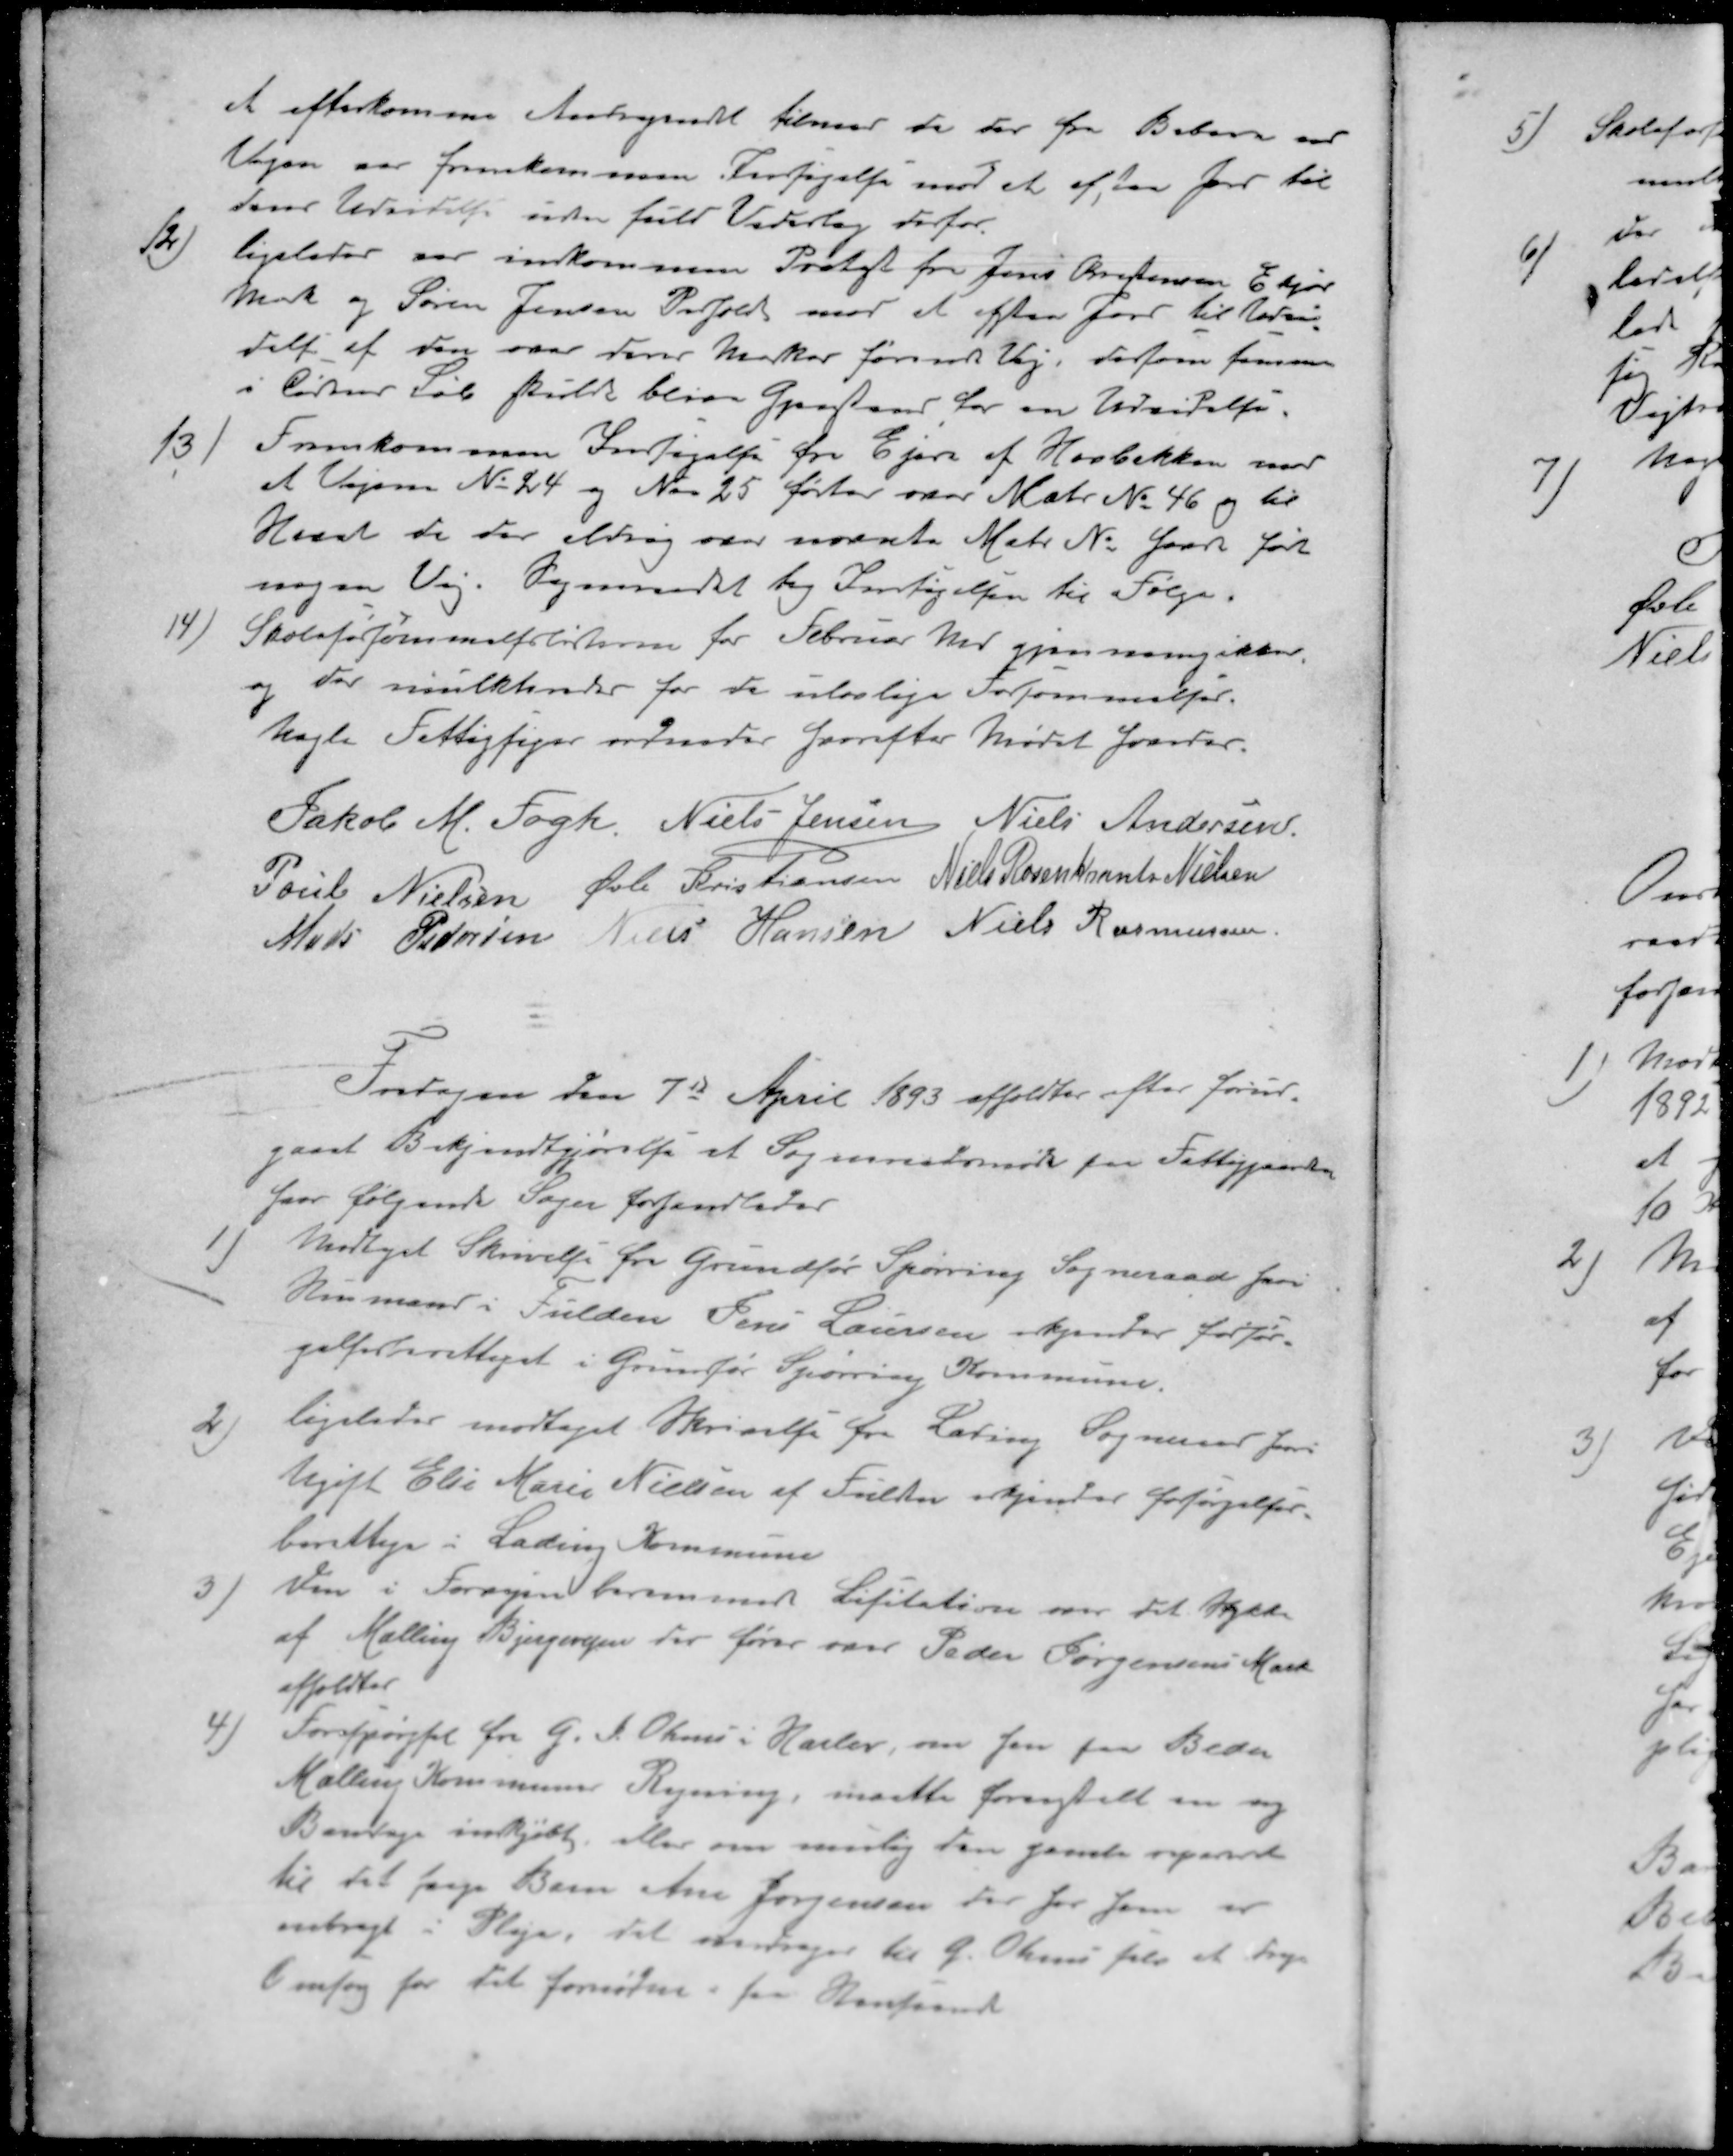
Transskription:
at efterkomme Andragendet tilmer de der fra Beboere ved
Vejen var fremkommen Indsigelse mod at afstaa Jord til
dens Udvidelse uden fuld Vederlag derfor
12 ) ligeleder var indkommen Protest fra Jens Kristensen Elkjær
Mark og Søren Jensen Pedholdt mod at afstaar Jord til Udvi-
delse af den over deres Marker førende Vej, dersom samme
i Tidens Løb skulde blive Gjenstand for en Udvidelse.
13 ) Fremkommen Indsigelse fra Ejere af Hovbakken mod
at Vejen No 24 og No 25 førtes over Matr. No 46 og til 
Havet da der aldrig over nævnte Matr. No. haver ført
nogen Vej. Sogneraadet tog Indsigelsen til Følge.
14 ) Skoleforsømmelseslisterne for Februar her gjennemgikkes
og der mulkteredes for de ulovlige Forsømmelser.
Nogle Fattigsager ordneder hvorefter Mødet hævedes.
Jakob M. Fogh
Niels Jensen
Niels Andersen
Poul Nielsen
Øvli Kristiansen
Niels Rosenkrants Nielsen
Mads Pedersen
Niels Hansen
Niels Rasmussen
Fredagen den 7de April 1893 afholdtes efter forud-
gaaet Bekjendtgjørelse et Sogneraadsmøde paa Fattiggaarden
hvor følgende Sager forhandledes
Modtaget Skrivelse for Grundfør Spørring Sogneraad for
Husmand i Fulden Jens Laursen kjendes forsør-
gelsesberettiget i Grunfør Spørring Kommune.
2 ) ligeledes modtaget Skrivelse fra Lading Sogneraad for
Ugift Else Marie Nielsen af Fulden erkjendes forsørgelses-
berettige i Lading Kommune
3 ) Den i Forvejen berammede Lisitation over det Stykke
af Malling Bjergevejen der fører over Peder Jørgensens Mark
afholdes
4 ) Forespørgsel fra G. A. Ohms i Haslev, om den for Beder
Malling Kommunes Regning, maatte foranstalte en ny
Bandage indkjøbt, eller om mulig den gamle repareret
til det svage Barn Ane Jørgensen der for Jens er
anbragt i Pleje, det overdrages til G. Ohms selv at drage
Omsorg for det fornødne i saa Henseende